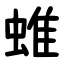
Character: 蜼